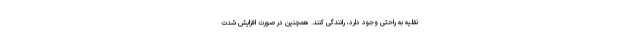
نقلیه به راحتی وجود دارد، رانندگی کنند. همچنین در صورت افزایش شدت